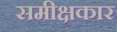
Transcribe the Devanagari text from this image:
समीक्षकार